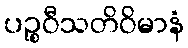
ပဉ္စဝီသတိဝိမာနံ